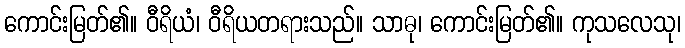
ကောင်းမြတ်၏။ ဝီရိယံ၊ ဝီရိယတရားသည်။ သာဓု၊ ကောင်းမြတ်၏။ ကုသလေသု၊